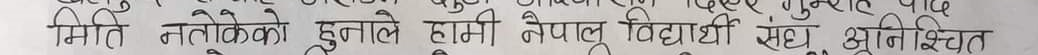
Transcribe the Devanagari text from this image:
मिति नतोकेको हुनाले हामी नेपाली विद्यार्थी संघ अनिश्चित